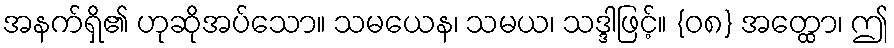
အနက်ရှိ၏ ဟုဆိုအပ်သော။ သမယေန၊ သမယ၊ သဒ္ဒါဖြင့်။ {၀၈} အတ္ထော၊ ဤ